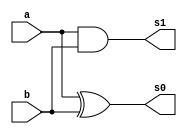
// ------------------------- 
// Exemplo00038 - FULL ADDER 
// Nome: Rodrigo Arruda de Assis 
// ------------------------- 

// ------------------------- 
// half adder 
// ------------------------- 
	
	module halfAdder( s0,s1, a, b);
	
	input a, b;
	output s0, s1;
	
	xor XOR1(s0, a, b);
	and AND1(s1, a, b);

	endmodule 
	
// ------------------------- 
// full adder 
// -------------------------	
	
	module fullAdder(s0, s1, a, b, c);
	
	input a, b, c;
	output s0, s1;
	wire q0, q1, q2;
	
	halfAdder HA1(q0, q1, a, b);
	halfAdder HA2(s0, q2, c, q0);
	or OR1(s1, q2, q1);
	
	endmodule
	

// ------------------------- 
// full adder 4 bits
// -------------------------	
	

	module fullAdder4 (output [4:0]s,
	output carryOut, 
	input [3:0]a, 
	input [3:0]b); 
	
	// descrever por portas
	wire vaiUm;
	wire vaiUm1;
	wire vaiUm2;
	
	
	
	halfAdder HA1(s[0], vaiUm, a[0], b[0]);
	fullAdder FA1(s[1], vaiUm1, a[1], b[1],vaiUm);
	fullAdder FA2(s[2], vaiUm2, a[2], b[2],vaiUm1);	
	fullAdder FA3(s[3], s[4], a[3], b[3],vaiUm2);
	
	

// descrever por portas 
	endmodule // fullAdder 
	 
	
	
	
	
// ------------------------- definir dados 
	module teste;
	
	reg [3:0] x; 
	reg [3:0] y; 
	wire carry; 
	wire [4:0] soma; 
	
	fullAdder4 FA(soma, carry,x,y);
	
	
// ------------------------- parte principal 
	initial begin 
	$display("Exemplo00038 - Rodrigo Arruda de Assis - 427460"); 
	$display("Test ALU's full adder"); 
	
	
	
	#1 x = 0000; y = 0000; 
	
// projetar testes do somador complete 
	
	$monitor("x = %4b \t y = %4b\t  saida = %5b\n",x,y,soma);
	
	#1 x = 0010; y = 0000; 
	#1 x = 0001; y = 0001;
	#1 x = 0000; y = 0001;
	#1 x = 1111; y = 1000;  
	
	
	

end 
endmodule // test_fullAdder